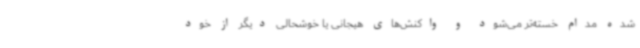
شده مدام خسته‌تر می‌شود و واکنش‌های هیجانی یا خوشحالی دیگر از خود